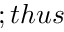
; t h u s